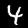
Label: 4